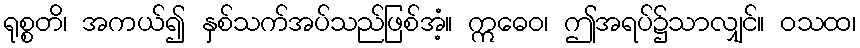
ရုစ္စတိ၊ အကယ်၍ နှစ်သက်အပ်သည်ဖြစ်အံ့။ ဣဓေဝ၊ ဤအရပ်၌သာလျှင်။ ဝသထ၊